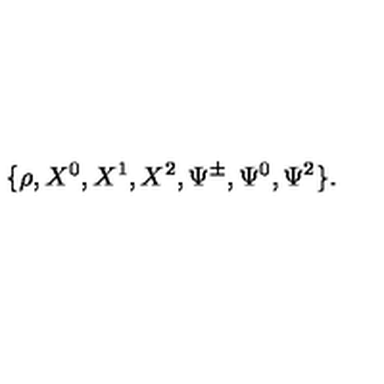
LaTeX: \{ \rho , X ^ { 0 } , X ^ { 1 } , X ^ { 2 } , \Psi ^ { \pm } , \Psi ^ { 0 } , \Psi ^ { 2 } \} .